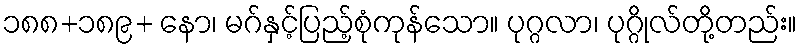
၁၈၈+၁၈၉+ နော၊ မဂ်နှင့်ပြည့်စုံကုန်သော။ ပုဂ္ဂလာ၊ ပုဂ္ဂိုလ်တို့တည်း။